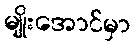
မျိုးအောင်မှာ